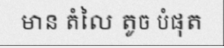
មាន តំលៃ តូច បំផុត